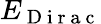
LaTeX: E_{\mathrm{~D~i~r~a~c~}}